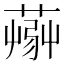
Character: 𦸹